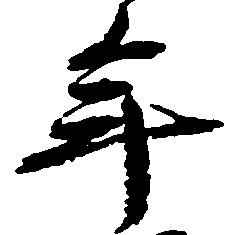
年